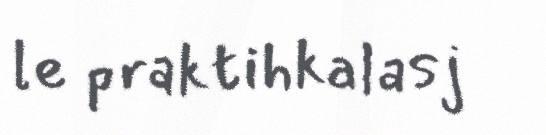
le praktihkalasj